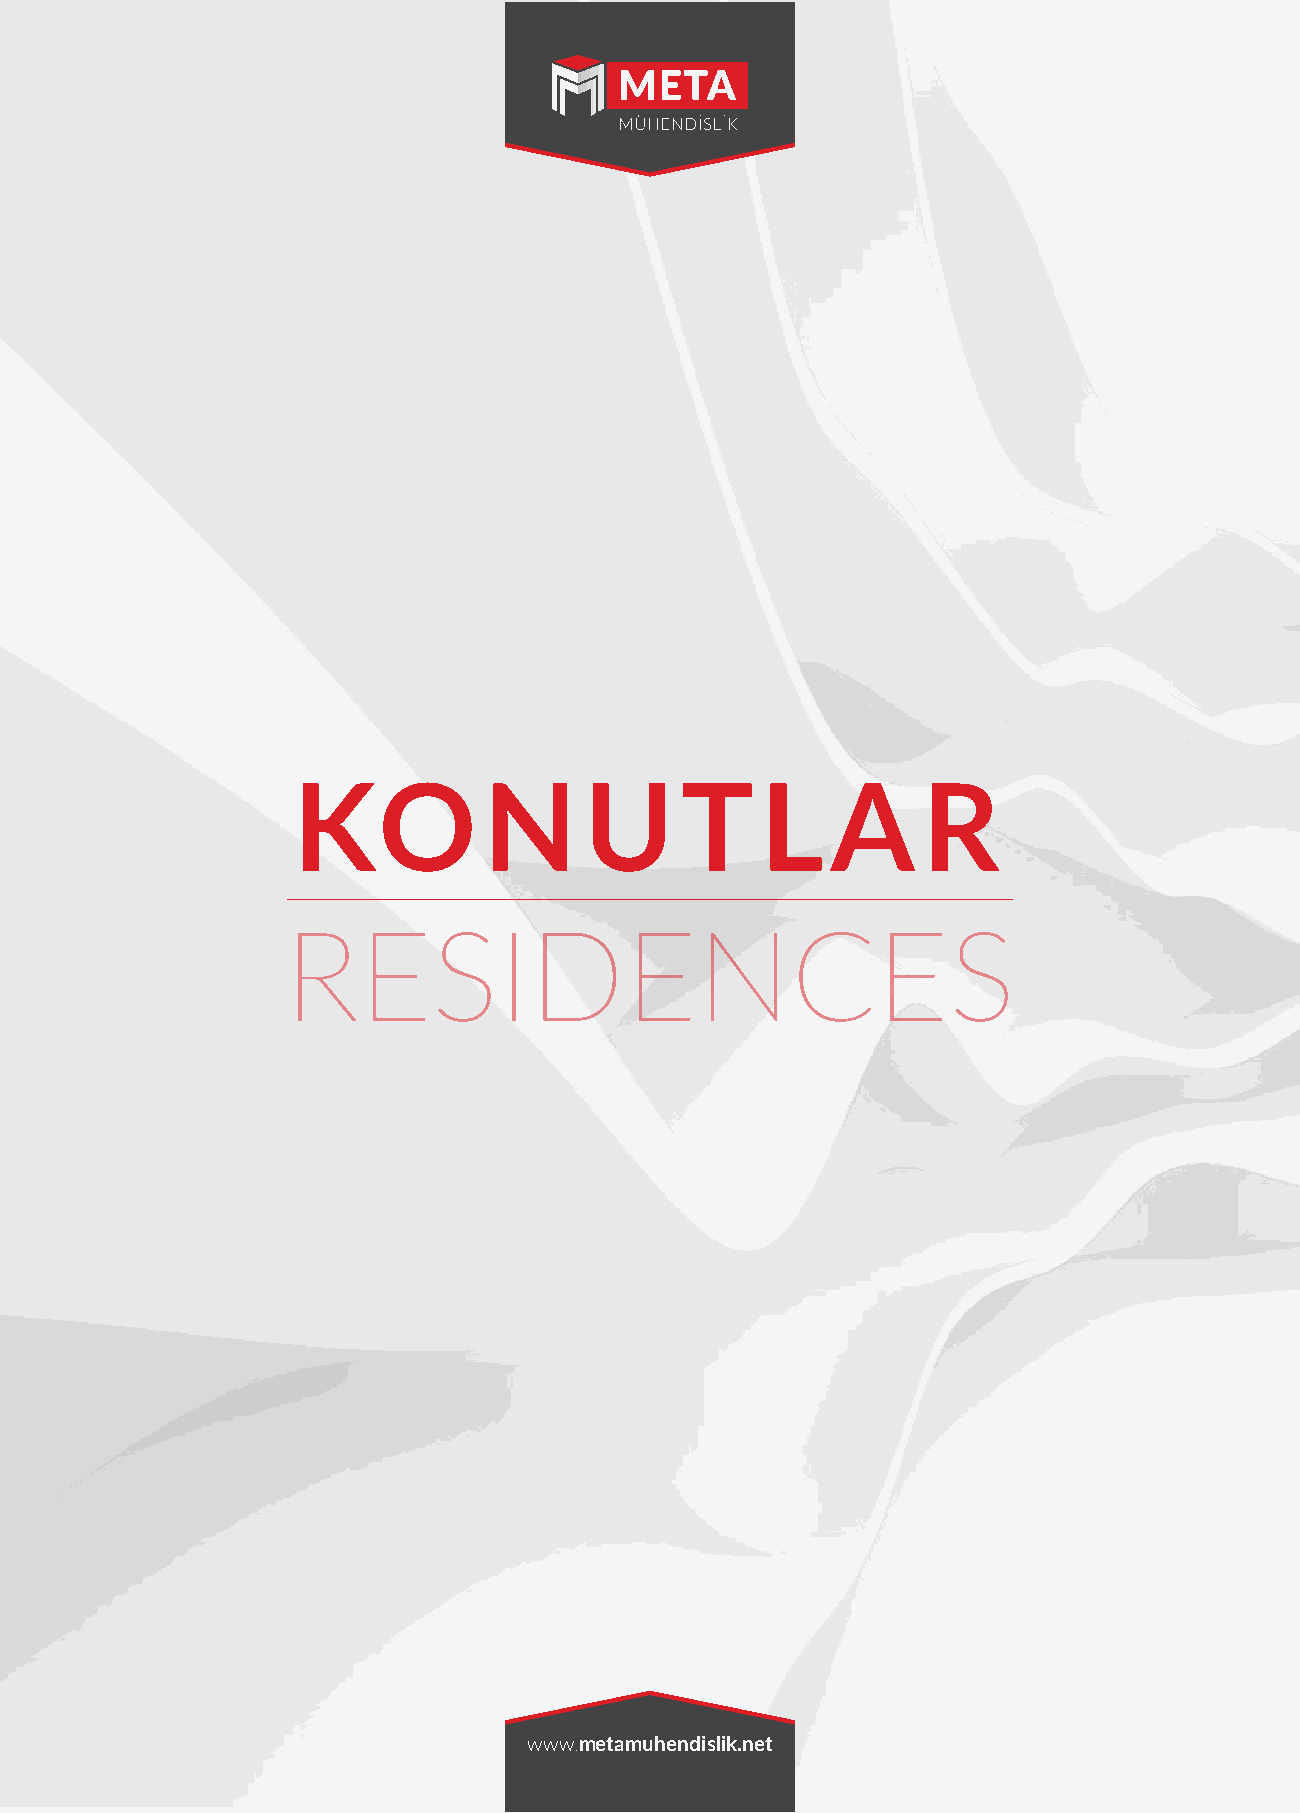
KO           N      U     T    L    A     R
 RESIDENCES
 www.metamuhendislik.net